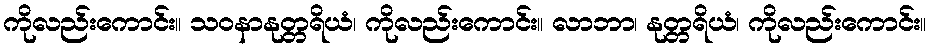
ကိုလည်းကောင်း။ သဝနာနုတ္တရိယံ၊ ကိုလည်းကောင်း။ လာဘာ၊ နုတ္တရိယံ၊ ကိုလည်းကောင်း။